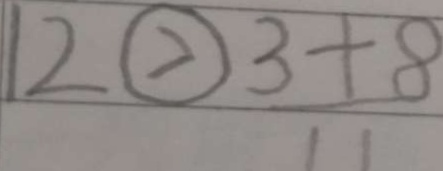
1 2 \textcircled { > } 3 + 8